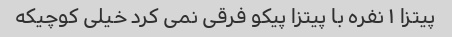
پیتزا ١ نفره با پیتزا پیکو فرقى نمى کرد خیلى کوچیکه